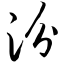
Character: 汾